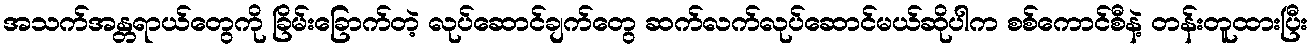
အသက်အန္တရာယ်တွေကို ခြိမ်းခြောက်တဲ့ လုပ်ဆောင်ချက်တွေ ဆက်လက်လုပ်ဆောင်မယ်ဆိုပါက စစ်ကောင်စီနဲ့ တန်းတူထားပြီး